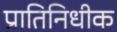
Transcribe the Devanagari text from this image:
प्रातिनिधीक